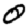
Digit: 0